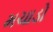
મચાડો